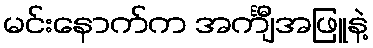
မင်းနောက်က အင်္ကျီအဖြူနဲ့